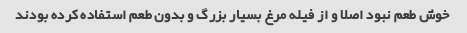
خوش طعم نبود اصلا و از فیله مرغ بسیار بزرگ و بدون طعم استفاده کرده بودند